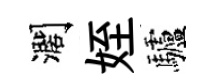
濶姪驢